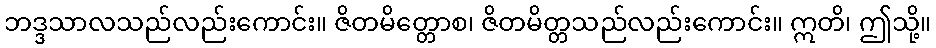
ဘဒ္ဒသာလသည်လည်းကောင်း။ ဇိတမိတ္တောစ၊ ဇိတမိတ္တသည်လည်းကောင်း။ ဣတိ၊ ဤသို့။